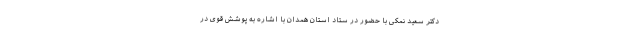
دکتر سعید نمکی با حضور در ستاد استان همدان با اشاره به پوشش قوی در